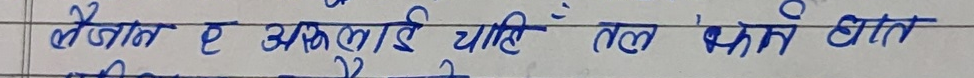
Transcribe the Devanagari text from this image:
बैजान है अक्षाई चाहिए तब क्यों होता